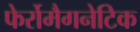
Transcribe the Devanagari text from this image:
फेर्रोमैगनेटिक